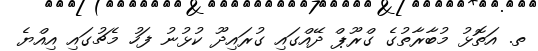
ތ. އަތޮޅު މުބާރާތުގެ ގްރޫޕް ދޭއްގައި ގުރައިދޫ ކުޅުނު ފަހު މެޗުގައި އިއްޔެ